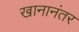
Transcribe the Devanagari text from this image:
खानानंतर